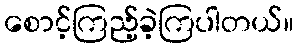
စောင့်ကြည့်ခဲ့ကြပါတယ်။